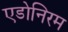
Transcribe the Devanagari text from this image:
एडोनिरम